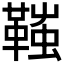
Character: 䩶